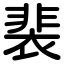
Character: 裴